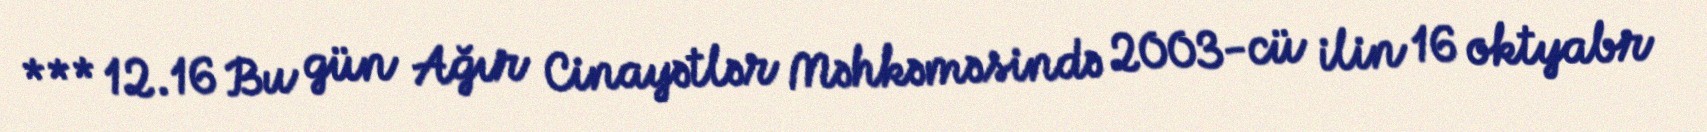
*** 12.16 Bu gün Ağır Cinayətlər Məhkəməsində 2003-cü ilin 16 oktyabr